Civil Veterinary Department. Madras. Admin. report 1926-33 - 1926-1933
Year: 1926
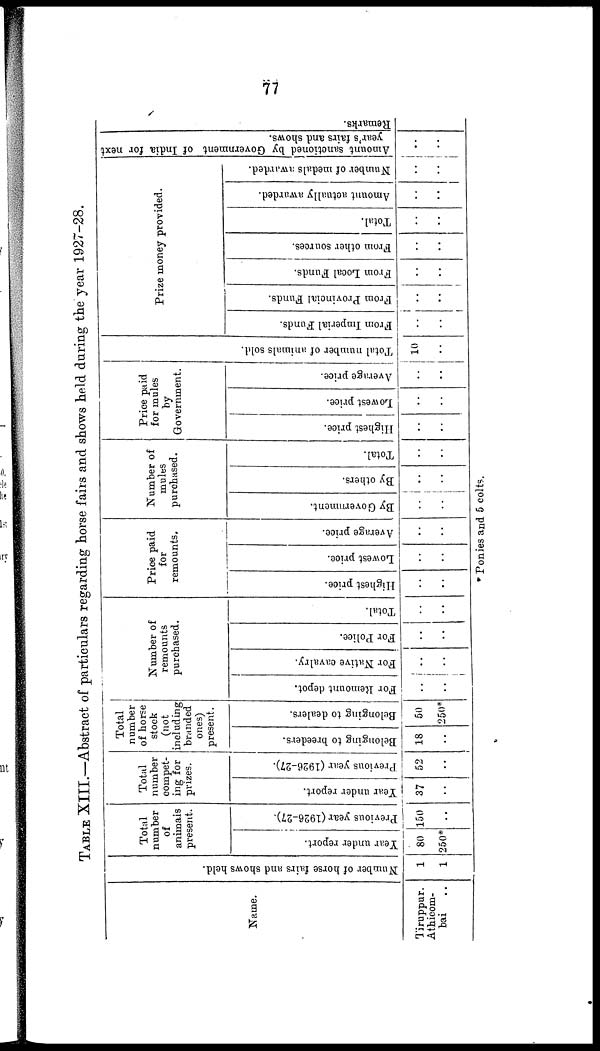
77
TABLE XIII.—Abstract of particulars regarding horse fairs and shows held during the year 1927-28.
Name.
Tiruppur.
Athicom-
bai ..
Number of horse fairs and shows held.
1
1
Total
number
of
animals
present.
Year under report.
80
250*
Previous year (1926-27).
150
..
Total
number
compet-
ing for
prizes.
Year under report.
37
..
Previous year (1926-27).
52
..
Total
number
of horse
stock
(not
including
branded
ones)
present.
Belonging to breeders.
18
..
Belonging to dealers.
50
250*
Number of
remounts
purchased.
For Remount depot.
..
..
For Native cavalry.
..
..
For Police.
..
..
Total.
..
..
Price paid
for
remounts.
Highest price.
..
..
Lowest price.
..
..
Average price.
..
..
Number of
mules
purchased.
By Government.
..
..
By others.
..
..
Total.
..
..
Price paid
for mules
by
Government.
Highest price.
..
..
Lowest price.
..
..
Average price.
..
..
Total number of animals sold.
10
..
Prize money provided.
From Imperial Funds.
..
..
From Provincial Funds.
..
..
From Local Funds.
..
..
From other sources.
..
..
Total.
..
..
Amount actually awarded.
..
..
Number of medals awarded.
..
..
Amount sanctioned by Government of India for next
year's fairs and shows.
..
..
Re ma r
ks .
..
..
*Ponies and 5 colts.